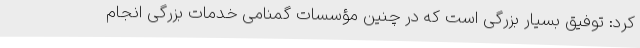
کرد: توفیق بسیار بزرگی است که در چنین مؤسسات گمنامی خدمات بزرگی انجام